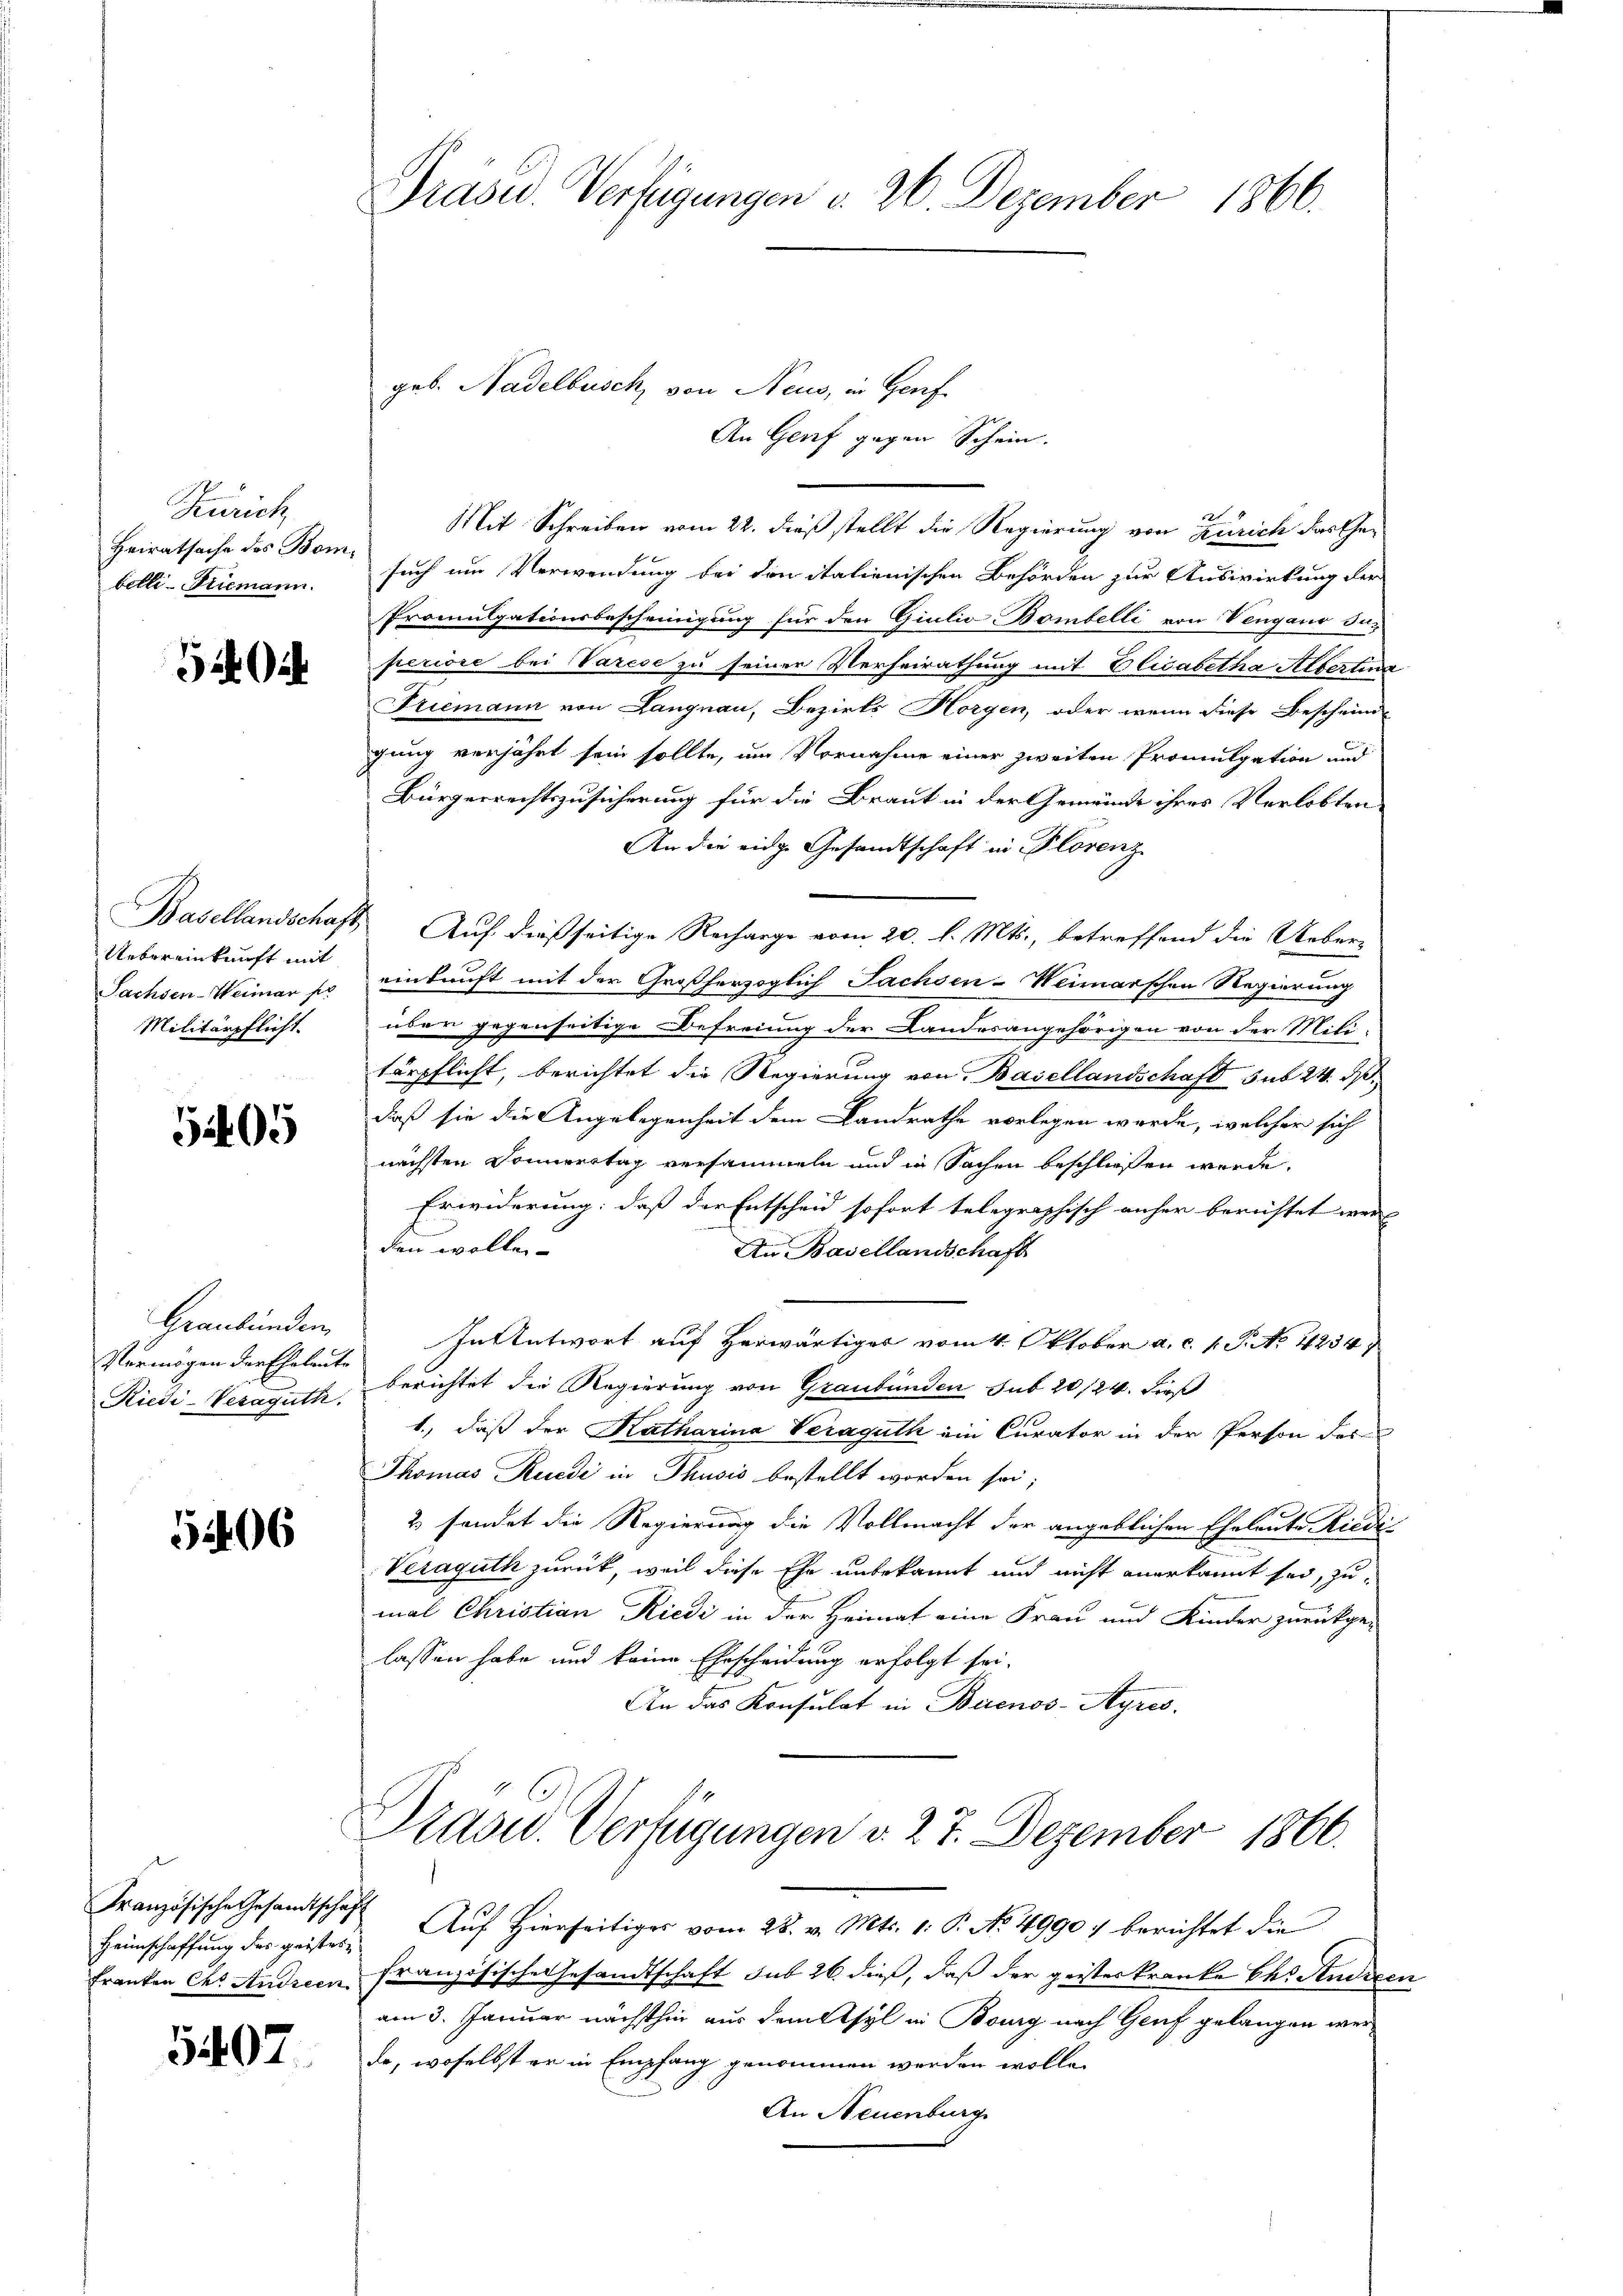
Zürich
Heiratsache des Bombetli-Niemann.

52

Basellandschaft,
Uebereinkunft mit
Sachsen-Weimar pr
Militärpflicht.

5409

Graubünden,
Vermögen der Eheleute
Riedi-Vesaguth.

52406

Französische Gesamtschaft
Heimschaffung des geistes-
Franken der Andreen

5407.

Präsid. Verfügungen d. 26. Dezember 1866.

An Genf gegen Schein.
12
Mit Schreiben vom 22. dieß stellt die Regierung von Zürich das Gesuch um Verwendung bei den italienischen Behörden zur Auswirkung der
Promulgationsbescheinigung für den Giulio Bombelli von Vengano daperiore bei Varese zu seinen Verheirathung mit Elisabetha Albertina
Friemann von Langnau, Bezirks Horgen, oder wenn diese Bescheinde
gung verjährt sein sollte, um Vornahme einer zweiten Promulgation und
Bürgerrechtszusicherung für die Braut in der Gemeinde ihres Verlobten
An die eidge Gesandtschaft in Florenz
 Auf dießseitige Recharge vom 20. d. Mts., betreffend die Ueber-
einkunft mit der Großherzoglich Sachsen-Weimarschen Regierung
über gegenseitige Befreiung der Landesangehörigen von der Mili-
tärpflicht, berichtet die Regierung von Basellandschaft sub 24. d.
daß sie die Angelegenheit dem Landrathe vorlegen werde, welcher sich
nächsten Sonnerstag versammeln und in Sachen beschließen werde.
Erwiderung: daß der Entscheid sofort telegraphisch anher berichtet wer
den wollen
An Basellandschaft
In Antwort auf Herwärtiger vom 4. Oktober a. c. 1. P. No 1234
berichtet die Regierung von Graubünden sub 20/124. dieß
1., daß der Katharina Veraguth ein Curator in der Person des
Thomas Rudi in Thusis bestellt worden sei;
2. sendet die Regierung die Vollmacht der angeblichen Eheleute Riede
Veraguth zurück, weil diese Ehe unbekannt und nicht anerkannt sei, zu
mal Christian Riedi in der Heimat eine Frau und Kinder zurückge-
lassen habe und keine Ehrscheidung erfolgt sei.
An das Konsulat in Buenos-Ayres.
Prasid. Verfügungen d. 27. Dezember 1866.
Auf Hierseitiges vom 28. v. Mts. 1. P. No. 4990 :/ berichtet die
französische Gesandtschaft sub 26. dieß, daß der geisterkranke des Andrec
am 3. Januar nächsthin aus dem syl in Bourg nach Genf gelangen werda, woselbst er in Empfang genommen werden wolle.
An Neuenburg

geb. Nadelbusch, von Neus, in Genf